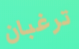
ترغبان